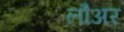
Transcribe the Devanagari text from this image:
लौअर